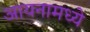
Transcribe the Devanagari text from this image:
आयनामध्ये